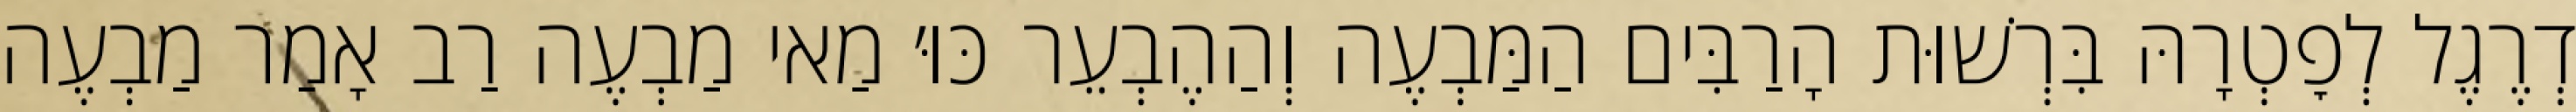
דְרֶגֶל לְפׇטְרָהּ בִּרְשׁוּת הָרַבִּים הַמַּבְעֶה וְהַהֶבְעֵר כּוּ׳ מַאי מַבְעֶה רַב אָמַר מַבְעֶה